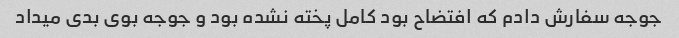
جوجه سفارش دادم که افتضاح بود کامل پخته نشده بود و جوجه بوى بدى میداد